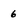
Character: 6